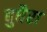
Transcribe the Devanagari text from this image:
बुधैरा